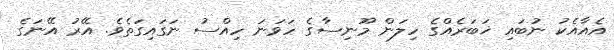
އެއާއެކު ނުބައި ޚަބަރެއްގެ ހިލަން މޫނިސާގެ ހަވަނަ ހިއްސު ނަގައިގަތެވެ. އޭރު އޭނަގެ